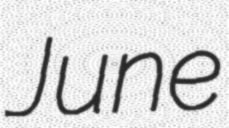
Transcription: June